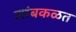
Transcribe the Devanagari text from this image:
लांबकळत